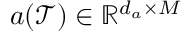
a ( \mathcal { T } ) \in \mathbb { R } ^ { d _ { a } \times M }